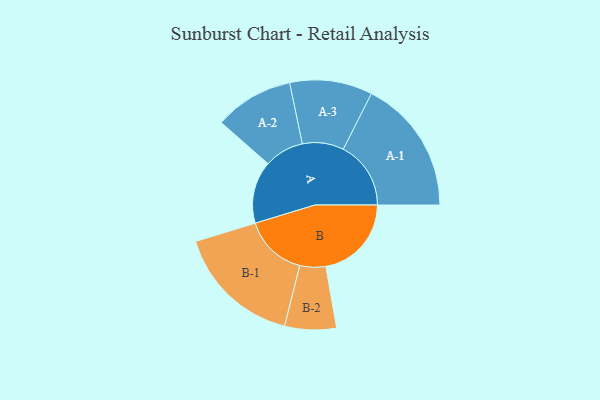
{"axis": {"x": "Segment", "y": "Value"}, "legend": ["", "A", "B"], "data": [{"x": "A", "y": 249, "type": ""}, {"x": "B", "y": 342, "type": ""}, {"x": "A-1", "y": 270, "type": "A"}, {"x": "A-2", "y": 158, "type": "A"}, {"x": "A-3", "y": 165, "type": "A"}, {"x": "B-1", "y": 252, "type": "B"}, {"x": "B-2", "y": 103, "type": "B"}]}